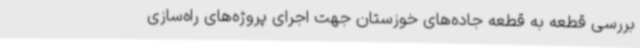
بررسی قطعه به قطعه جاده‌های خوزستان جهت اجرای پروژه‌های راه‌سازی